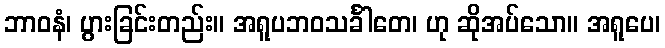
ဘာဝနံ၊ ပွားခြင်းတည်း။ အရူပဘဝသင်္ခါတေ၊ ဟု ဆိုအပ်သော။ အရူပေ၊